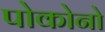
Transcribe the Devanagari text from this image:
पोकोनो